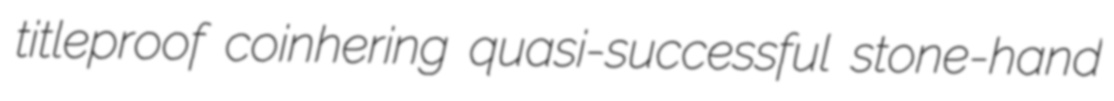
titleproof coinhering quasi-successful stone-hand